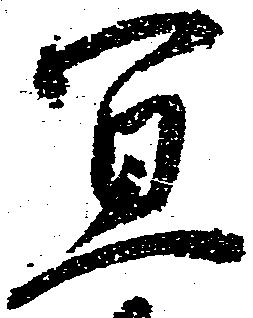
宜